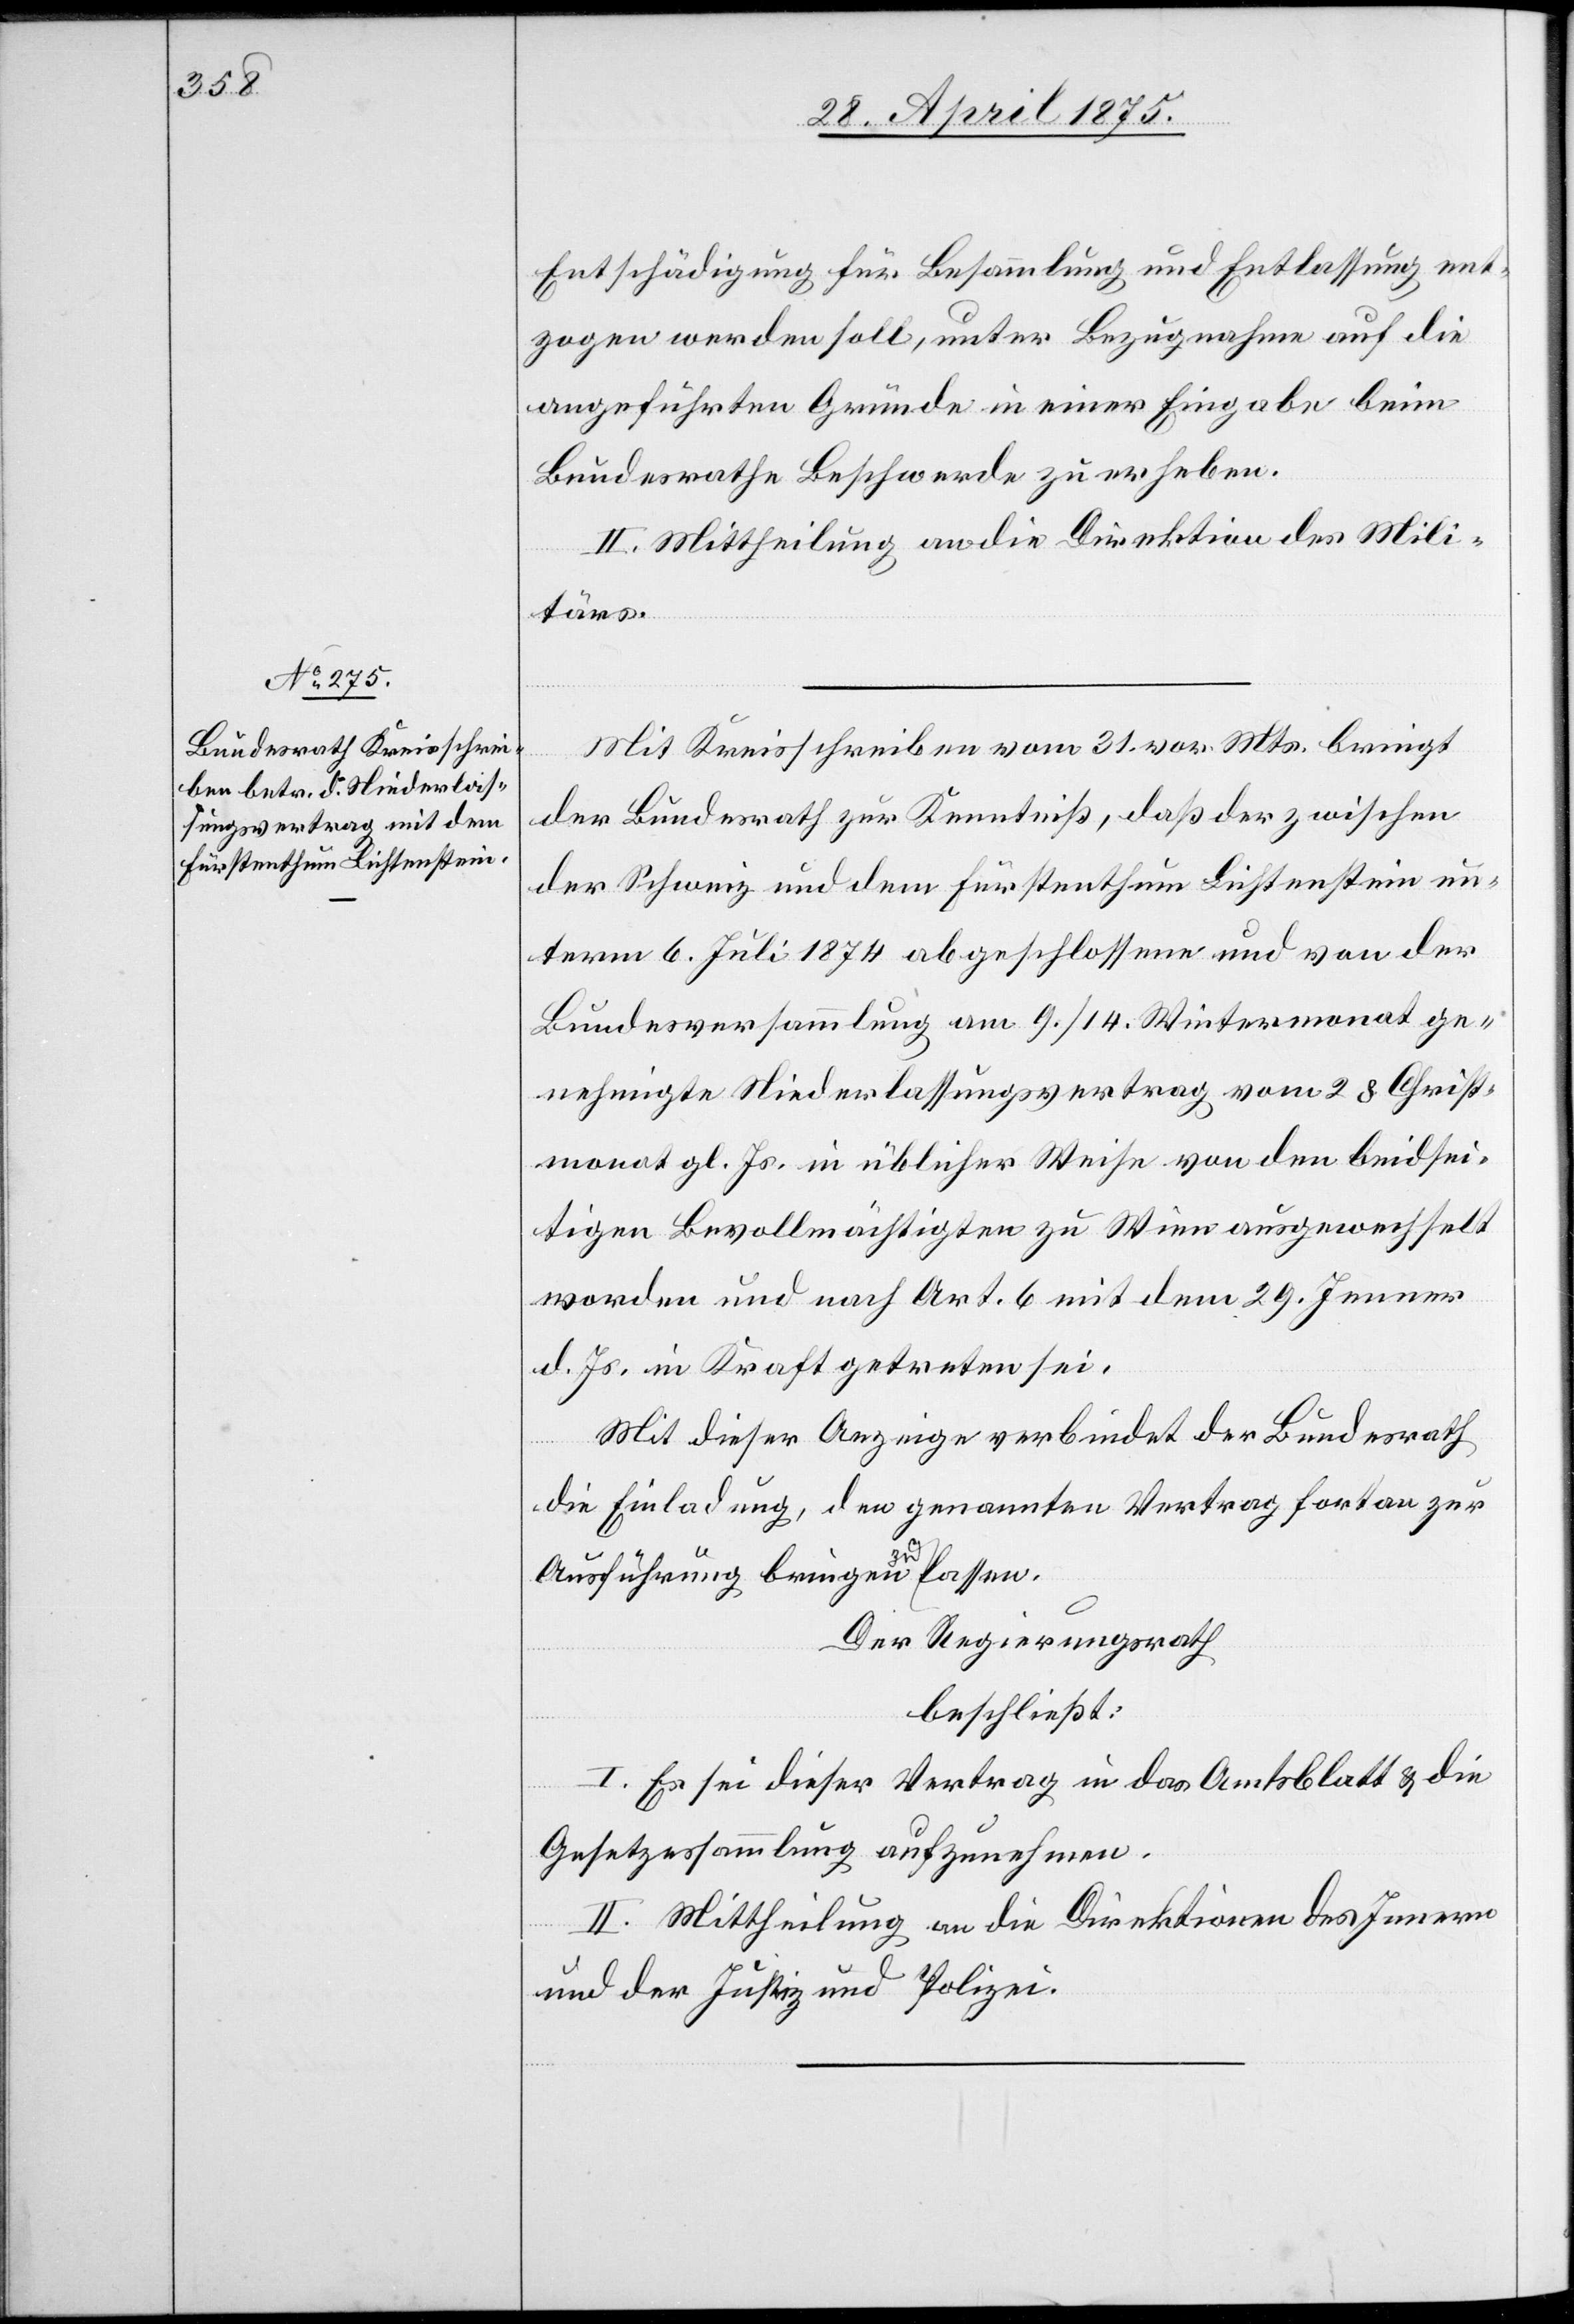
Entschädigung für Besammlung und Entlassung ent¬
zogen werden soll, unter Bezugsnahme auf die
angeführten Gründe in einer Eingabe beim
Bundesrathe Beschwerde zu erheben.
II. Mittheilung an die Direktion des Mili¬
tärs.
Mit Kreisschreiben vom 31. vor. Mts. bringt
der Bundesrath zur Kenntniß, daß der zwischen
der Schweiz und dem Fürstenthum Lichtenstein un¬
term 6. Juli 1874 abgeschlossene und on der
Bundesversammlung am 9./14. Wintermonat ge¬
nehmigte Niederlassungsvertrag vom 28. Christ¬
monat gl. Js. in üblicher Wiese von den beidsei¬
tigen Bevollmächtigten zu Wien ausgewechselt
worden und nach Art. 6 mit dem 29. Jenner
d. Js. in Kraft getreten sei.
Mit dieser Anzeige verbindet der Bundesrath
die Einladung, den genannten Vertrag fortan zur
Ausführung bringen zu lassen.
Der Regierungsrath
beschließt:
I. Es sei dieser Vertrag in das Amtsblatt & die
Gesetzessammlung aufzunehmen.
II. Mittheilung an die Direktion des Innern
und der Justiz und Polizei.